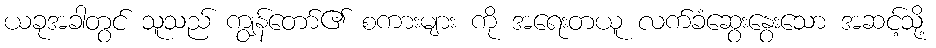
ယခုအခါတွင် သူသည် ကျွန်တော်၏ စကားများ ကို အရေးတယူ လက်ခံဆွေးနွေးသော အဆင့်သို့